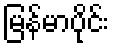
မြန်မာပိုင်း